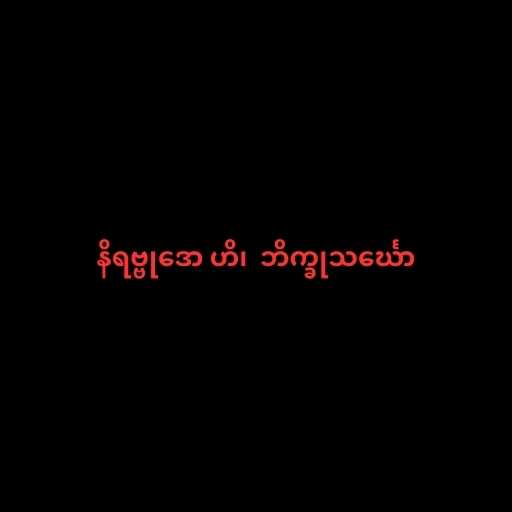
နိရဗ္ဗုဒော ဟိ၊  ဘိက္ခုသင်္ဃော